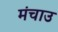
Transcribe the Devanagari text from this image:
मंचाउ